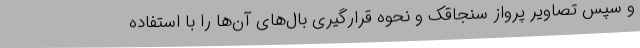
و سپس تصاویر پرواز سنجاقک و نحوه قرارگیری بال‌های آن‌ها را با استفاده